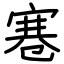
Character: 寋